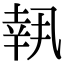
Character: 𠙜